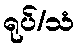
ရုပ်/သံ